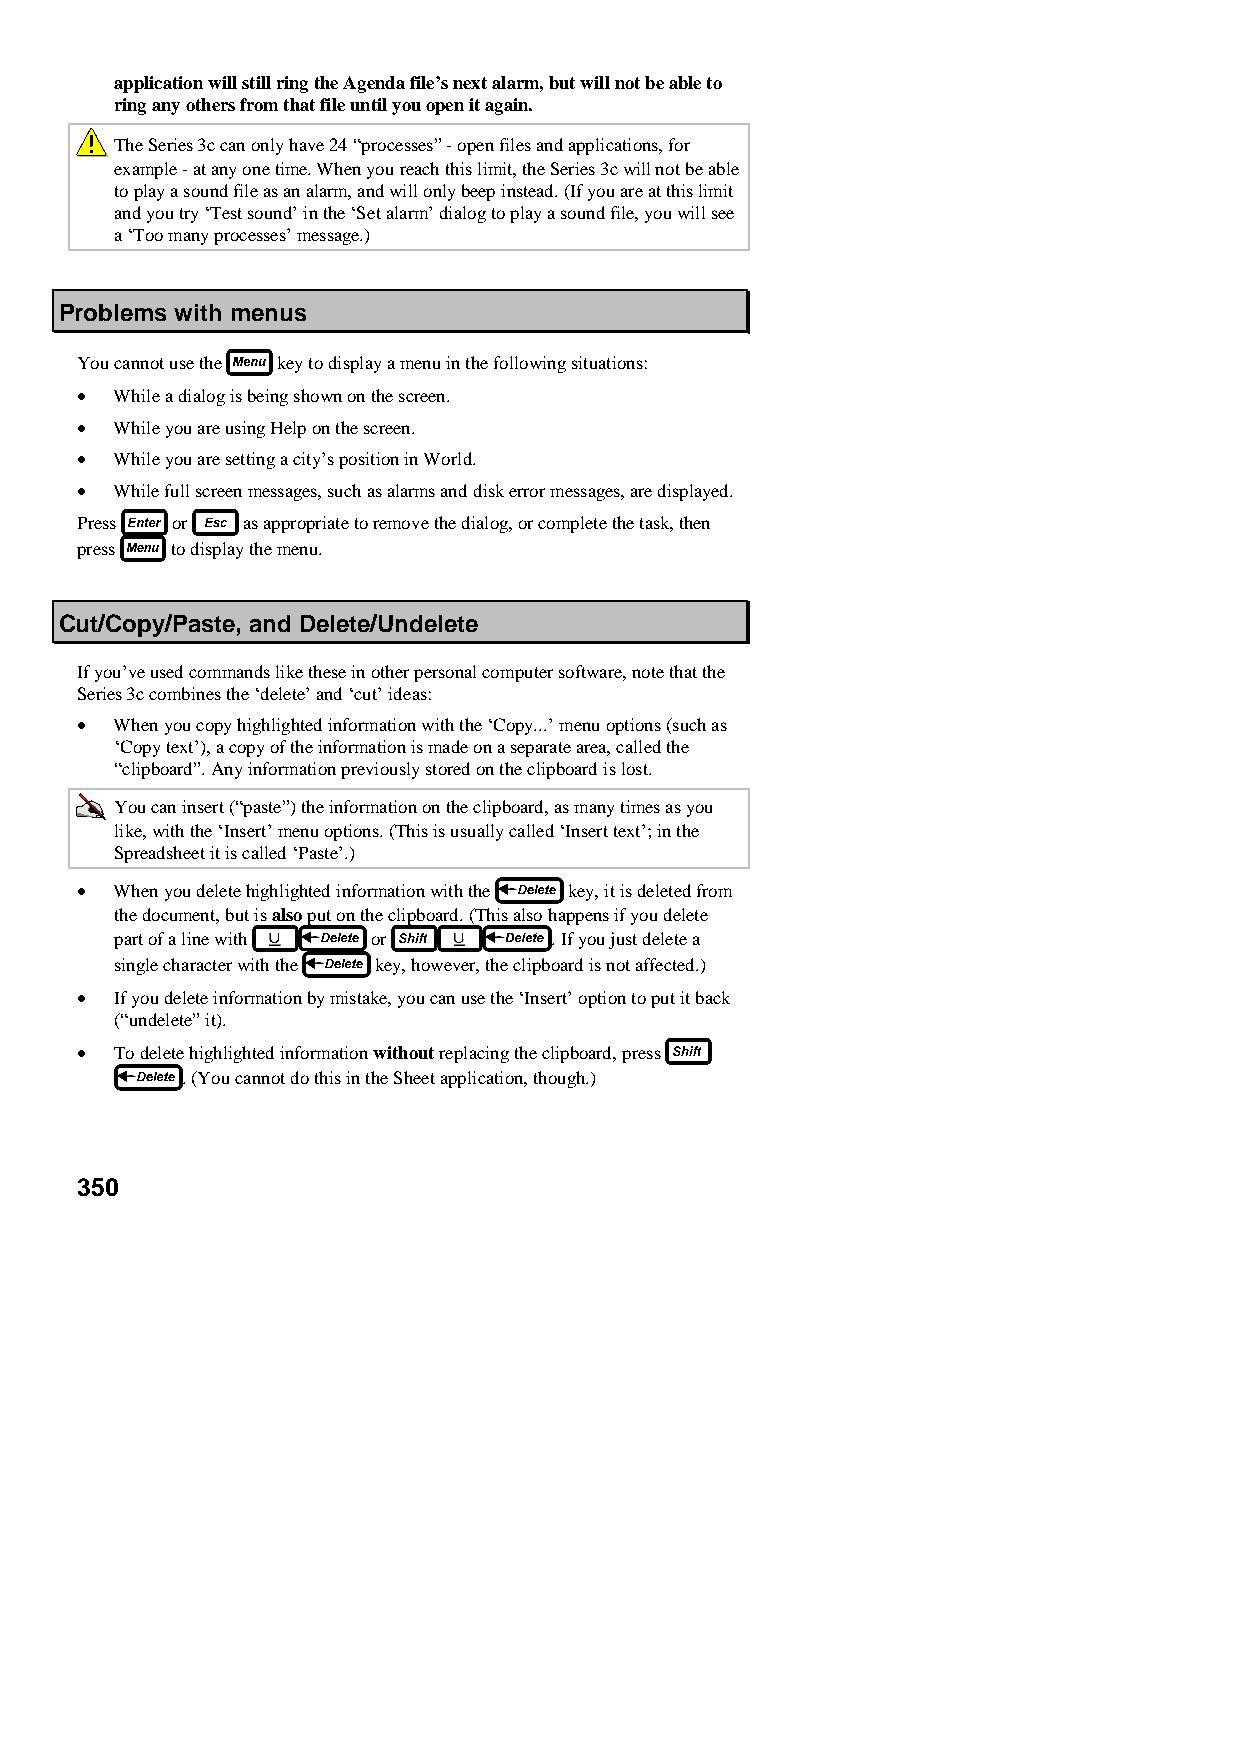
application will still ring the Agenda file’s next alarm, but will not be able to
 ring any others from that file until you open it again.
 The Series 3c can only have 24 “processes” - open files and applications, for
 example - at any one time. When you reach this limit, the Series 3c will not be able
 to play a sound file as an alarm, and will only beep instead. (If you are at this limit
 and you try ‘Test sound’ in the ‘Set alarm’ dialog to play a sound file, you will see
 a ‘Too many processes’ message.)
 Problems with menus
 You cannot use the key to display a menu in the following situations:
 •  While a dialog is being shown on the screen.
 •  While you are using Help on the screen.
 •  While you are setting a city’s position in World.
 •  While full screen messages, such as alarms and disk error messages, are displayed.
 Press or   as appropriate to remove the dialog, or complete the task, then
 press to display the menu.
 Cut/Copy/Paste, and Delete/Undelete
 If you’ve used commands like these in other personal computer software, note that the
 Series 3c combines the ‘delete’ and ‘cut’ ideas:
 •  When you copy highlighted information with the ‘Copy...’ menu options (such as
 ‘Copy text’), a copy of the information is made on a separate area, called the
 “clipboard”. Any information previously stored on the clipboard is lost.
 You can insert (“paste”) the information on the clipboard, as many times as you
 like, with the ‘Insert’ menu options. (This is usually called ‘Insert text’; in the
 Spreadsheet it is called ‘Paste’.)
 •  When you delete highlighted information with the key, it is deleted from
 the document, but is also put on the clipboard. (This also happens if you delete
 part of a line with or      . If you just delete a
 single character with the key, however, the clipboard is not affected.)
 •  If you delete information by mistake, you can use the ‘Insert’ option to put it back
 (“undelete” it).
 •  To delete highlighted information without replacing the clipboard, press
 . (You cannot do this in the Sheet application, though.)
 350